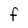
Character: F